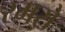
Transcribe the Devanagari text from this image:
रमसे